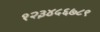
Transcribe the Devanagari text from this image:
१२३४५६७८९